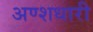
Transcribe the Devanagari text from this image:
अण्शधारी